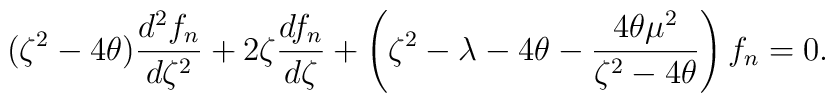
(\zeta^2-4\theta){d^2 f_{n}\over d\zeta^2}+2\zeta{df_{n}\over d\zeta}+\left(\zeta^2-\lambda-4\theta-{4\theta\mu^2\over \zeta^2-4\theta}\right)f_{n}=0.